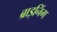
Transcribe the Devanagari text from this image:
ब्राइनिंग